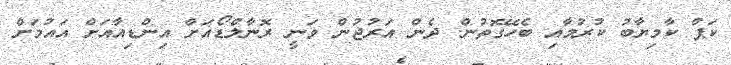
ކަޕް ކާމިޔާބު ކުރުމާއި ބެހޭގޮތުން. ދެން އަރުޖުން ވަނީ ރޮނާލްޑޯއަށް އިންޑިއާއަށް އައުމަށް